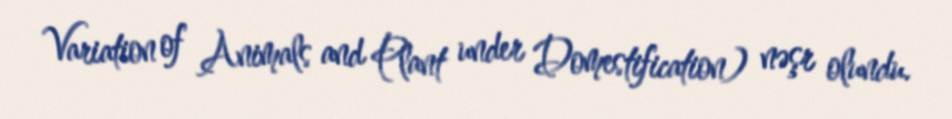
Variation of Animals and Plant under Domestification) nəşr olundu.